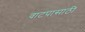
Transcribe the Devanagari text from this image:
वाटपासाठी